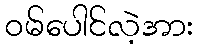
ဝမ်ပေါင်လဲ့အား